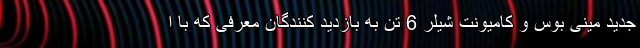
جدید مینی بوس و كاميونت شیلر 6 تن به بازدید کنندگان معرفی که با ا